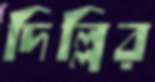
দিল্লির